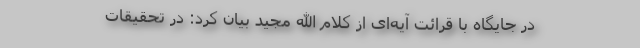
در جایگاه با قرائت آیه‌ای از کلام الله مجید بیان کرد: در تحقیقات